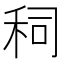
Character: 𰨤